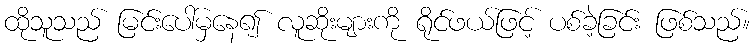
ထိုသူသည် မြင်းပေါ်မှနေ၍ လူဆိုးများကို ရိုင်ဖယ်ဖြင့် ပစ်ခဲ့ခြင်း ဖြစ်သည်။